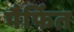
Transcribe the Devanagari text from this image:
पैर्फित